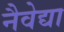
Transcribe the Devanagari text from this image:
नैवेद्या